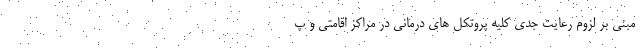
مبنی بر لزوم رعایت جدی کلیه پروتکل های درمانی در مراکز اقامتی و پ